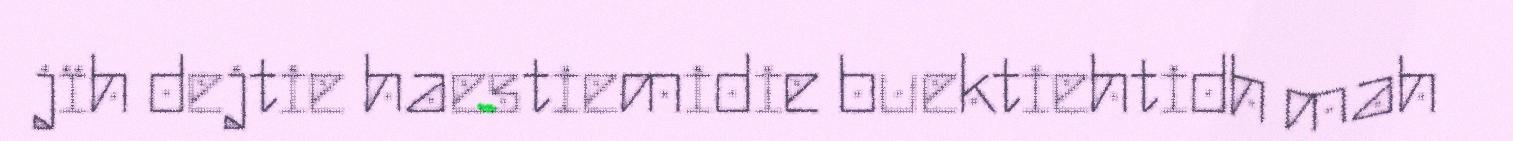
jïh dejtie haestiemidie buektiehtidh mah